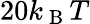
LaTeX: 20k_{\mathrm{~B~}}T